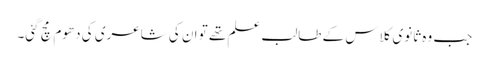
جب وہ ثانوی کلاس کے طالب علم تھے تو ان کی شاعری کی دھوم مچ گئی۔